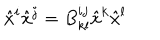
\hat { x } ^ { i } \hat { x } ^ { j } = B _ { k l } ^ { i j } \hat { x } ^ { k } \hat { x } ^ { l } \nonumber